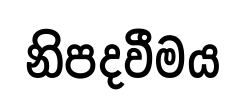
නිපදවීමය